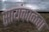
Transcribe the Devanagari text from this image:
सायंकाळचा